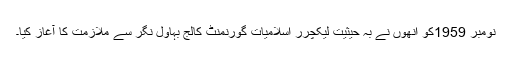
نومبر 1959کو انھوں نے بہ حیثیت لیکچرر اسلامیات گورنمنٹ کالج بہاول نگر سے ملازمت کا آغاز کیا۔